Mental hospitals Bombay report 1929-33 - 1929-1933
Year: 1929
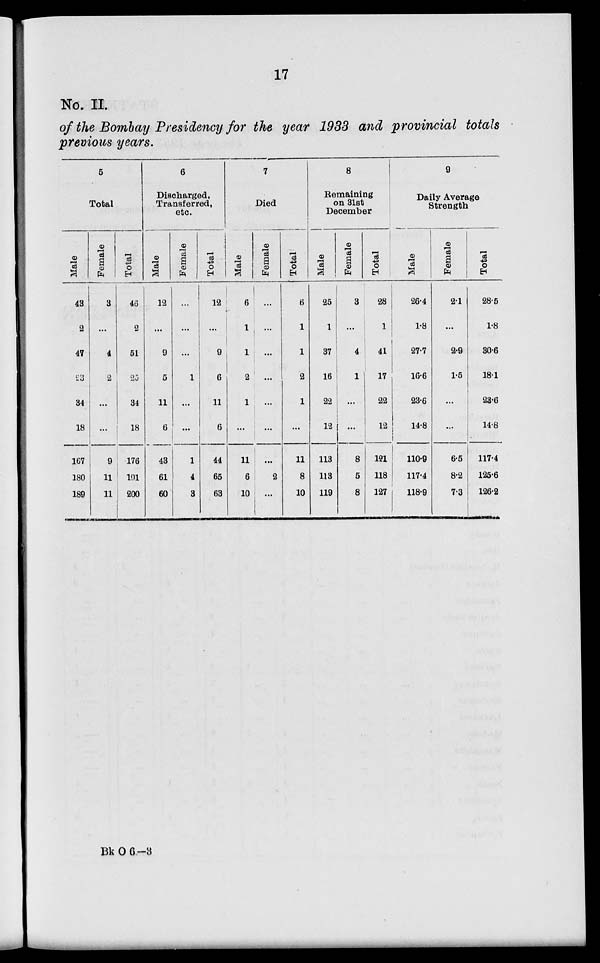
17
No. II.
of the Bombay Presidency for the year 1933 and provincial totals
previous years.
5
Total
Male
43
2
47
23
34
18
167
180
189
Female
3
...
4
2
...
...
9
11
11
Total
46
2
51
25
34
18
176
191
200
6
Discharged,
Transferred,
etc.
Male
12
...
9
5
11
6
43
61
60
Female
...
...
...
1
...
...
1
4
3
Total
12
...
9
6
11
6
44
65
63
7
Died
Male
6
1
1
2
1
...
11
6
10
Female
...
...
...
...
...
...
...
2
...
Total
6
1
1
2
1
...
11
8
10
8
Remaining
on 31st
December
Male
25
1
37
16
22
12
113
113
119
Female
3
...
4
1
...
...
8
5
8
Total
28
1
41
17
22
12
121
118
127
9
Daily Average
Strength
Male
26.4
1.8
27.7
16.6
23.6
14.8
110.9
117.4
118.9
Female
2.1
...
2.9
1.5
...
...
6.5
8.2
7.3
Total
28.5
1.8
30.6
18.1
23.6
14.8
117.4
125.6
126.2
Bk O 6—3